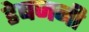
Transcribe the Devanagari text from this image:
डेबजनी